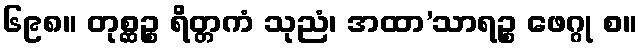
၆၉၈။ တုစ္ဆဉ္စ ရိတ္တကံ သုညံ၊ အထာ’သာရဉ္စ ဖေဂ္ဂု စ။